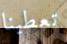
تعطينا